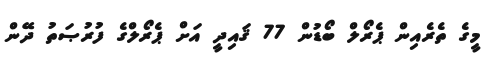
މީގެ ތެރެއިން ޕެރޯލް ބޯޑުން 77 ޤައިދީ އަށް ޕެރޯލްގެ ފުރުޞަތު ދޭން